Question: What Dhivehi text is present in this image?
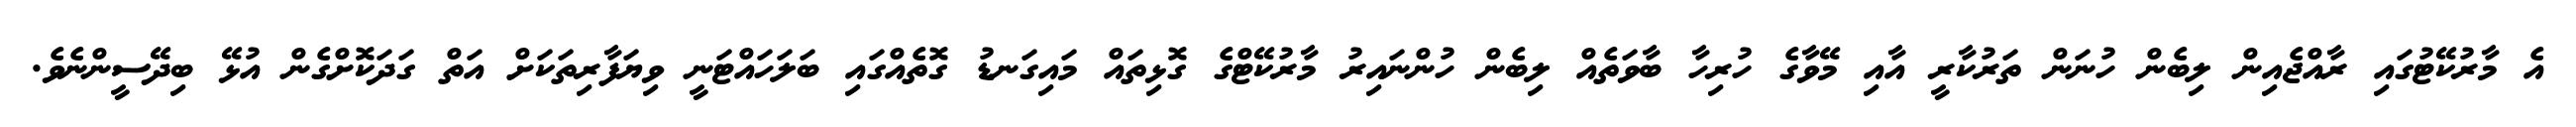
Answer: އެ މާރުކޭޓުގައި ރާއްޖެއިން ލިބެން ހުނަން ތަރުކާރީ އާއި މޭވާގެ ހުރިހާ ބާވަތެއް ލިބެން ހުންނައިރު މާރުކޭޓްގެ ގޮޅިތައް މައިގަނޑު ގޮތެއްގައި ބަލަހައްޓަނީ ވިޔަފާރިތަކަށް އަތް ގަދަކޮށްގެން އުޅޭ ބިދޭސީންނެވެ.